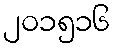
၂၀၁၅၁၆